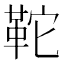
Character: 𩉺